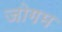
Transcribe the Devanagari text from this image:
जोगम